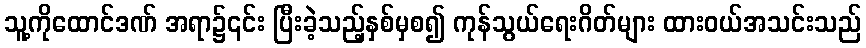
သူ့ကိုထောင်ဒဏ် အရာ၌၎င်း ပြီးခဲ့သည့်နှစ်မှစ၍ ကုန်သွယ်ရေးဂိတ်များ ထားဝယ်အသင်းသည်